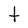
Character: t